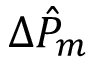
\Delta \hat { P } _ { m }